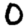
Digit: 0